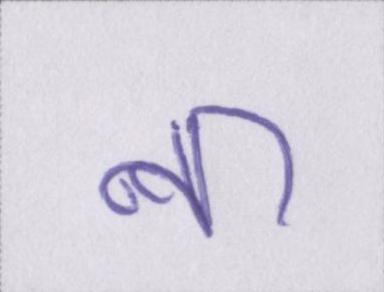
ना